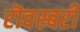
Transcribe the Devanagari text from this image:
रॊवस्बरी